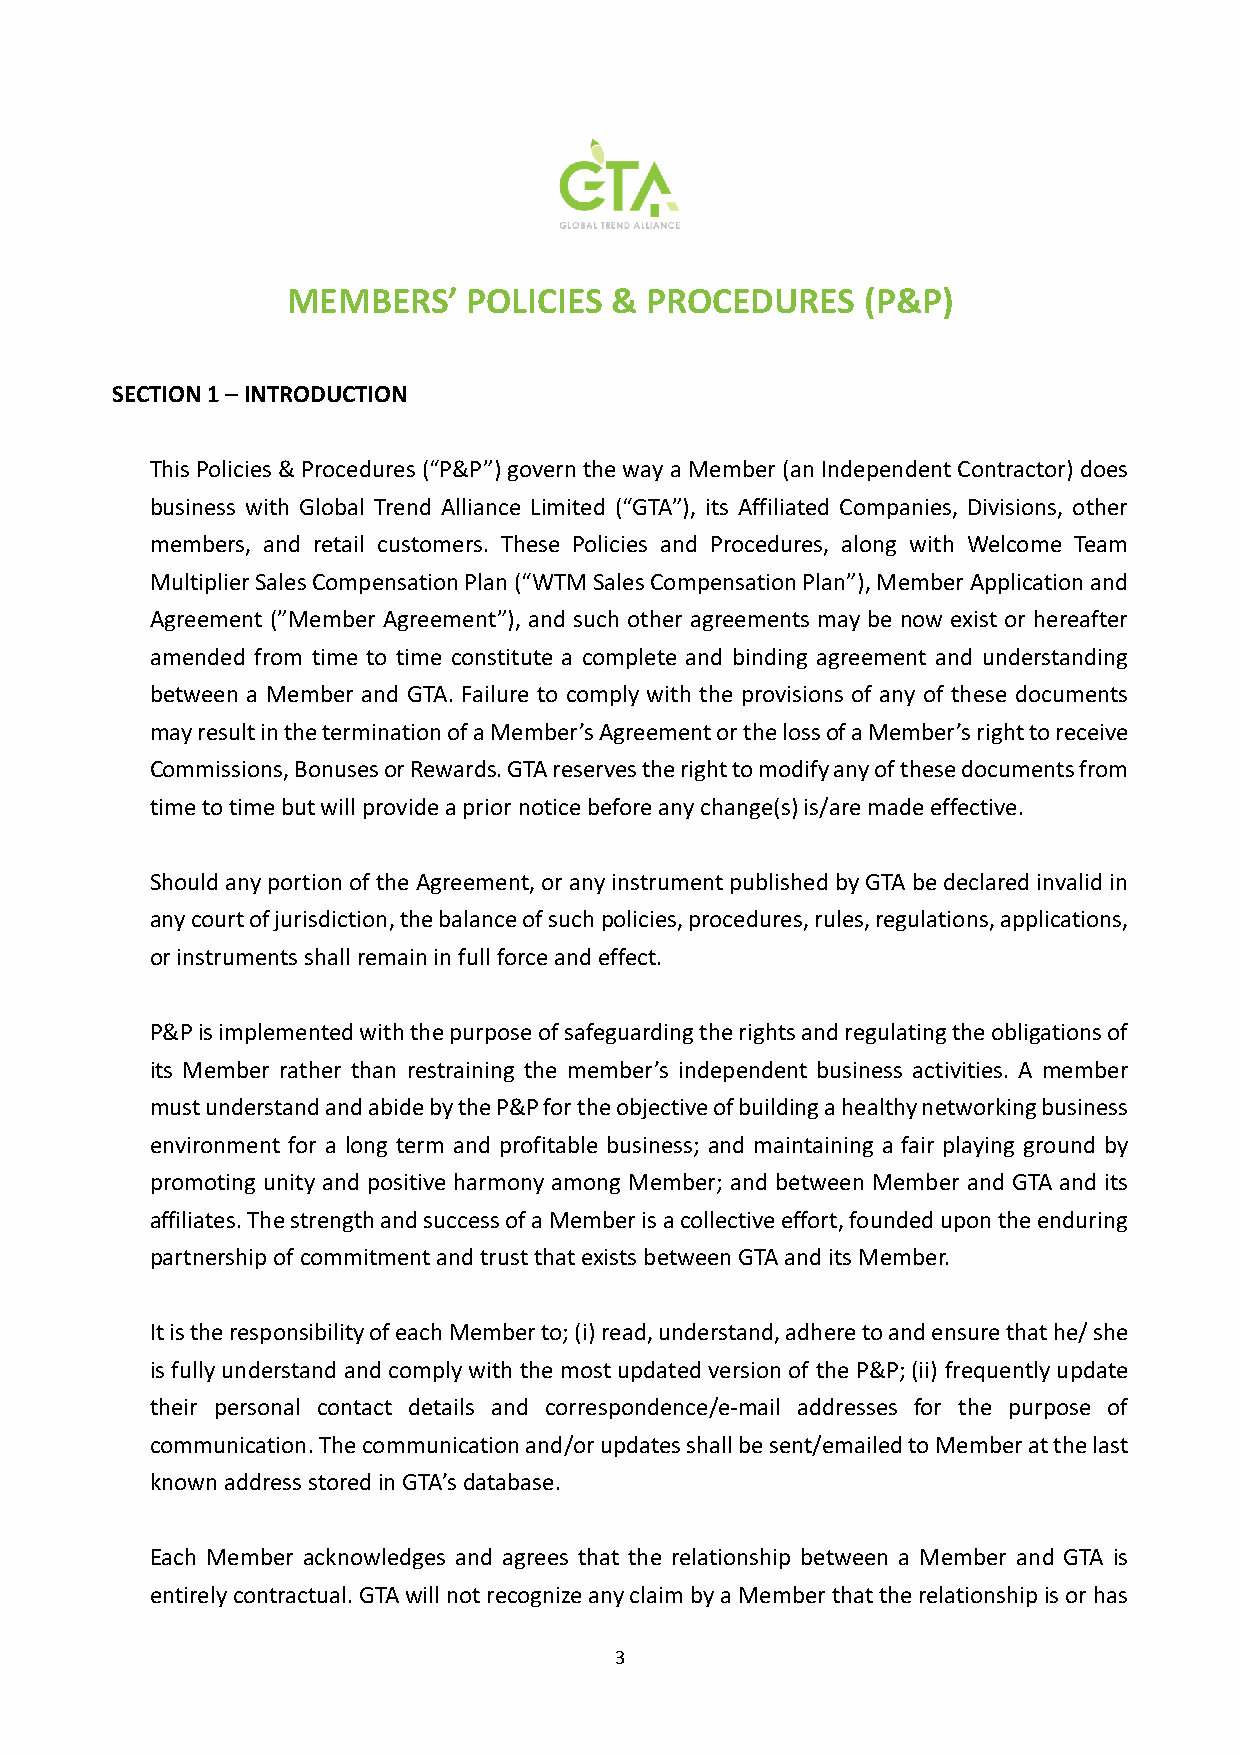
MEMBERS’    POLICIES &  PROCEDURES    (P&P)
 SECTION 1 – INTRODUCTION
 This Policies & Procedures (“P&P”) govern the way a Member (an Independent Contractor) does
 business with Global Trend Alliance Limited (“GTA”), its Affiliated Companies, Divisions, other
 members, and retail customers. These Policies and Procedures, along with Welcome Team
 Multiplier Sales Compensation Plan (“WTM Sales Compensation Plan”), Member Application and
 Agreement (”Member Agreement”), and such other agreements may be now exist or hereafter
 amended from time to time constitute a complete and binding agreement and understanding
 between a Member and GTA. Failure to comply with the provisions of any of these documents
 may result in the termination of a Member’s Agreement or the loss of a Member’s right to receive
 Commissions, Bonuses or Rewards. GTA reserves the right to modify any of these documents from
 time to time but will provide a prior notice before any change(s) is/are made effective.
 Should any portion of the Agreement, or any instrument published by GTA be declared invalid in
 any court of jurisdiction, the balance of such policies, procedures, rules, regulations, applications,
 or instruments shall remain in full force and effect.
 P&P is implemented with the purpose of safeguarding the rights and regulating the obligations of
 its Member rather than restraining the member’s independent business activities. A member
 must understand and abide by the P&P for the objective of building a healthy networking business
 environment for a long term and profitable business; and maintaining a fair playing ground by
 promoting unity and positive harmony among Member; and between Member and GTA and its
 affiliates. The strength and success of a Member is a collective effort, founded upon the enduring
 partnership of commitment and trust that exists between GTA and its Member.
 It is the responsibility of each Member to; (i) read, understand, adhere to and ensure that he/ she
 is fully understand and comply with the most updated version of the P&P; (ii) frequently update
 their personal contact details and correspondence/e-mail addresses for the purpose of
 communication. The communication and/or updates shall be sent/emailed to Member at the last
 known address stored in GTA’s database.
 Each Member acknowledges and agrees that the relationship between a Member and GTA is
 entirely contractual. GTA will not recognize any claim by a Member that the relationship is or has
 3